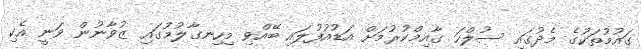
ގައުމުތަކުގެ މެދުގައި ސުލްހަ ގާއިމްކުރުމަށް އަޑުއުފުލައި ބޭއްވި މިހިނގާލުމުގައި ޒުވާނުން ވަނީ އެކި